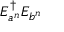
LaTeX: E _ { a ^ { n } } ^ { \dagger } E _ { b ^ { n } }